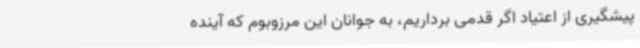
پیشگیری از اعتیاد اگر قدمی برداریم، به جوانان این مرزوبوم که آینده